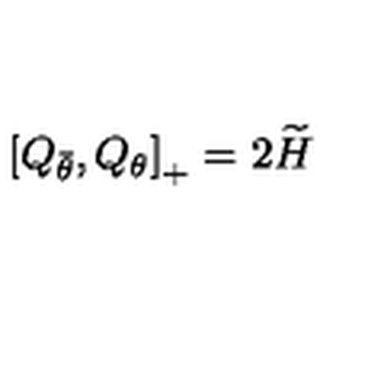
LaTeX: \left[ Q _ { \bar { \theta } } , Q _ { \theta } \right] _ { + } = 2 \widetilde { H }